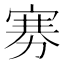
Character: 𪧔